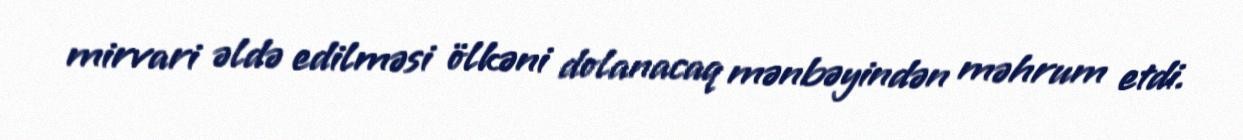
mirvari əldə edilməsi ölkəni dolanacaq mənbəyindən məhrum etdi.